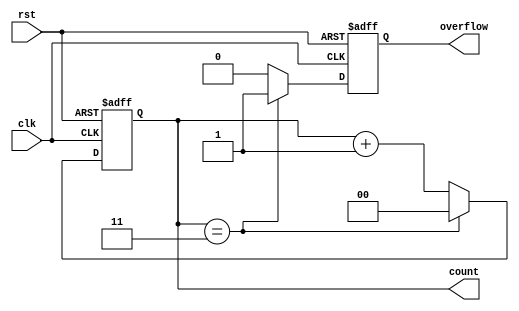
module divide_by_n_counter #(
    parameter N = 4  // Parameter for the divide value, default is 4
)(
    input wire clk,   // Clock signal
    input wire rst,   // Asynchronous reset signal
    output reg [clog2(N)-1:0] count, // Current count value
    output reg overflow // Output signal for overflow
);

    // Function to calculate the logarithm base 2
    function integer clog2;
        input integer value;
        begin
            clog2 = 0;
            while (2 ** clog2 < value) begin
                clog2 = clog2 + 1;
            end
        end
    endfunction

    // Always block for counting logic
    always @(posedge clk or posedge rst) begin
        if (rst) begin
            count <= 0;        // Reset the count to zero
            overflow <= 0;     // Reset overflow signal
        end else begin
            if (count == N-1) begin
                count <= 0;        // Reset count when reaching N
                overflow <= 1;     // Assert overflow signal
            end else begin
                count <= count + 1; // Increment count
                overflow <= 0;       // Deassert overflow signal
            end
        end
    end

endmodule